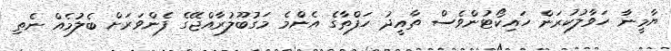
ޔާމީނާ ހަވާލުކުރަން ހައިކޯޓުންވެސް ތާއީދު ހަފްތާގެ އެންމެ މަގުބޫލުރާއްޖޭގެ ފެންވަރަށް ބެލުމެއް ނެތި